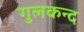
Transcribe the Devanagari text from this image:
गुलकन्द